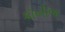
કૉબીજ